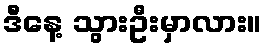
ဒီနေ့ သွားဦးမှာလား။